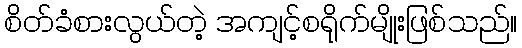
စိတ်ခံစားလွယ်တဲ့ အကျင့်စရိုက်မျိုးဖြစ်သည်။